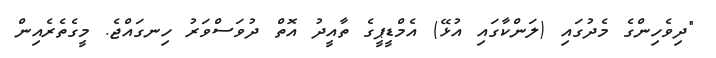
"ދިވެހިންގެ މެދުގައި (ލަންކާގައި އުޅޭ) އެމްޑީޕީގެ ތާއީދު އޮތް ދުވަސްވަރު ހިނގައްޖެ. މީގެތެރެއިން